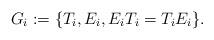
LaTeX: \begin{align*} G_i:=\{T_i, E_i, E_iT_i =T_iE_i\}. \end{align*}